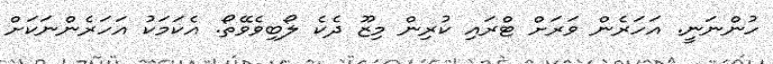
ހުންނަނީ. އަހަރެން ވަރަށް ޓްރައި ކުރިން މިޒޫ ދެކެ ލޯބިވެވޭތޯ. އެކަމަކު އަހަރެންނަކަށް